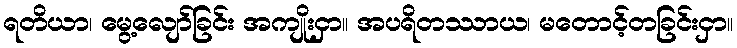
ရတိယာ၊ မွေ့လျော်ခြင်း အကျိုးငှာ။ အပရိတဿာယ၊ မတောင့်တခြင်းငှာ။